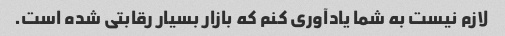
لازم نیست به شما یادآوری کنم که بازار بسیار رقابتی شده است.